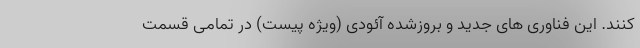
کنند. این فناوری های جدید و بروزشده آئودی (ویژه پیست) در تمامی قسمت